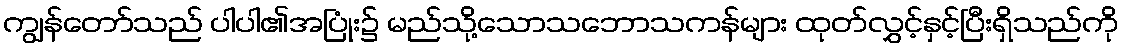
ကျွန်တော်သည် ပါပါ၏အပြုံး၌ မည်သို့သောသဘောသကန်များ ထုတ်လွှင့်နှင့်ပြီးရှိသည်ကို